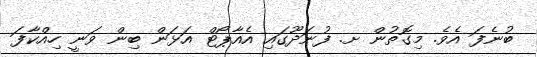
ބުނެފަ އެވެ. މިގޮތުން ށ. ފުނަދޫގައި އެއާޕޯޓް އަޅަން ބިން ވަނީ ހިއްކާފަ